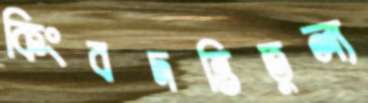
কিংবদন্তিতুল্য